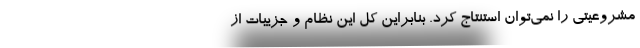
مشروعیتی را نمی‌توان استنتاج کرد. بنابراین کل این نظام و جزییات از